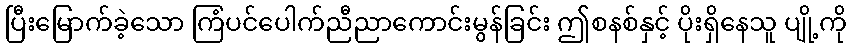
ပြီးမြောက်ခဲ့သော ကြံပင်ပေါက်ညီညာကောင်းမွန်ခြင်း ဤစနစ်နှင့် ပိုးရှိနေသူ ပျို့ကို